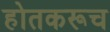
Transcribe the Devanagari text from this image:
होतकरूच